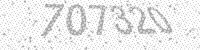
Solution: 707320